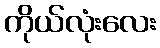
ကိုယ်လုံးလေး